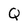
Character: Q